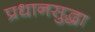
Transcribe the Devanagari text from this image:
प्रधानसुद्धा